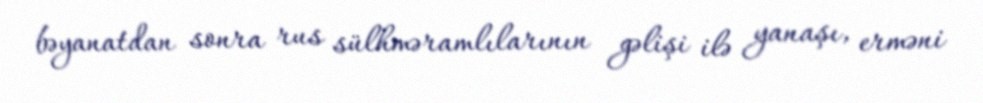
bəyanatdan sonra rus sülhməramlılarının gəlişi ilə yanaşı, erməni